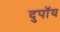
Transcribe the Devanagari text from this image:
दुपॉय